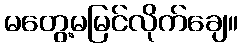
မတွေ့မမြင်လိုက်ချေ။